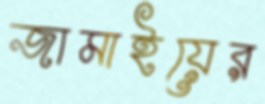
জামাইয়ের